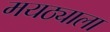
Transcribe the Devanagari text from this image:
मयठ्याला